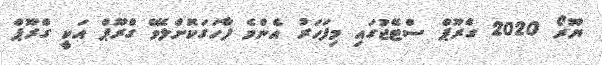
ޔޫރޯ 2020 ގްރޫޕް ސްޓޭޖުގައި މިފަހަރު އެންމެ ފާހަގަކޮށްލެވޭ ގްރޫޕް އަކީ ގްރޫޕް